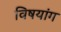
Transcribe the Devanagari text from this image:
विषयांग